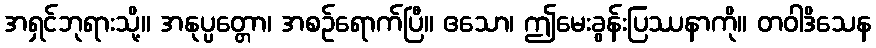
အရှင်ဘုရားသို့။ အနုပ္ပတ္တော၊ အစဉ်ရောက်ပြီ။ ဧသော၊ ဤမေးခွန်းပြဿနာကို။ တဝါဒိသေန